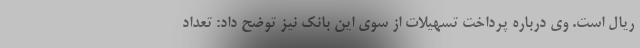
ریال است. وی درباره پرداخت تسهیلات از سوی این بانک نیز توضح داد: تعداد